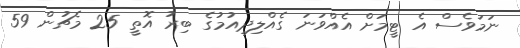
ނަމަވެސް އެ ޓީމަށް އެއްވަނަ ގެއްލިދިއުމުގެ ބިރު އޮތީ 25 މެޗުން 59